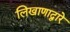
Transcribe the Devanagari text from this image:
लिखाणाद्वारे